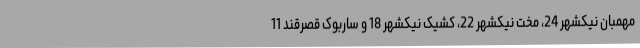
مهمبان نیکشهر 24، مخت نیکشهر 22، کشیک نیکشهر 18 و ساربوک قصرقند 11